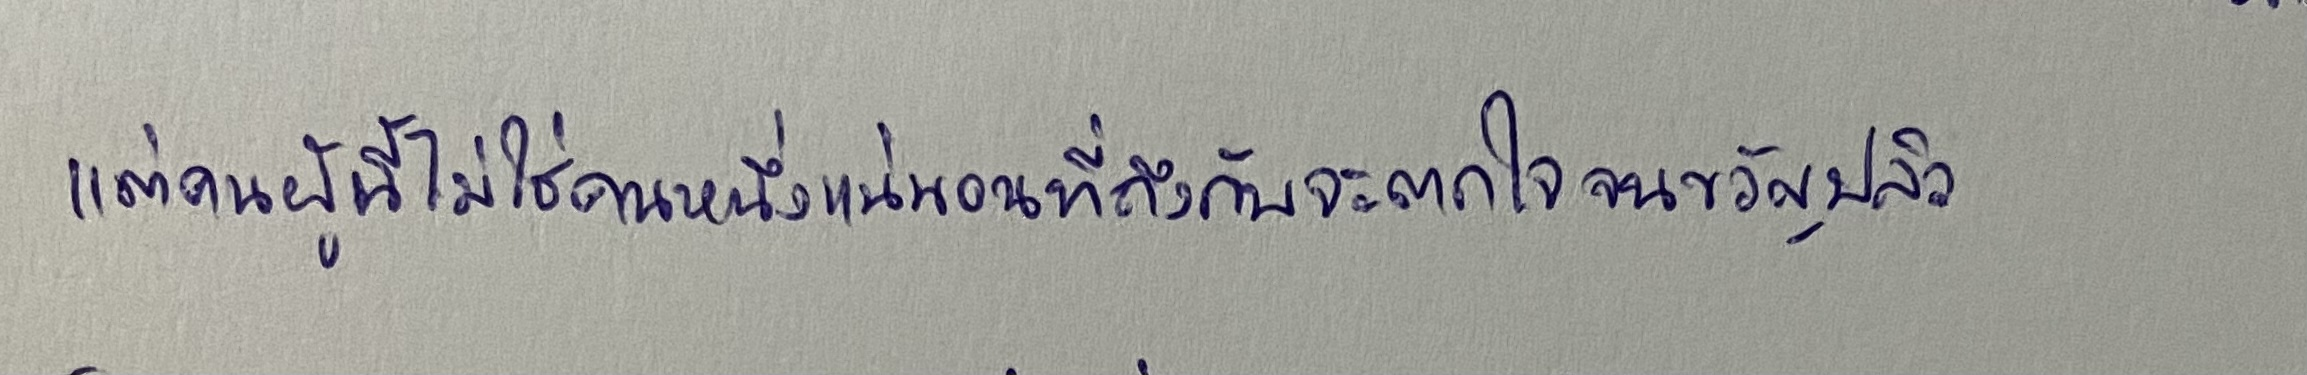
แต่คนผู้นี้ไม่ใช่คนหนึ่งแน่นอนที่ถึงกับจะตกใจจนขวัญปลิว